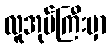
လူအုပ်ကြီးမှာ